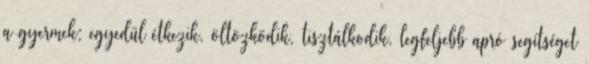
a gyermek: egyedül étkezik, öltözködik, tisztálkodik, legfeljebb apró segítséget